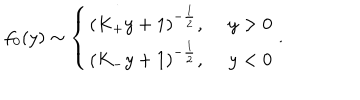
f _ { 0 } ( y ) \sim \left\{ \begin{matrix} { { ( K _ { + } y + 1 ) ^ { - { \frac { 1 } { 2 } } } , \ y > 0 } } \\ { { ( K _ { - } y + 1 ) ^ { - { \frac { 1 } { 2 } } } , \ y < 0 } } \\ \end{matrix} \right. .